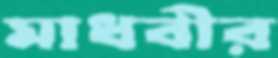
মাধবীর